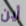
أين